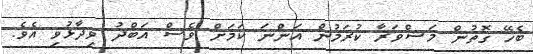
ބެހޭ ގޮތުން މަޝްވަރާ ކުރަމުން އަންނަ ކަމަށް ވެސް އަބްދު ވިދާޅުވި އެވެ.